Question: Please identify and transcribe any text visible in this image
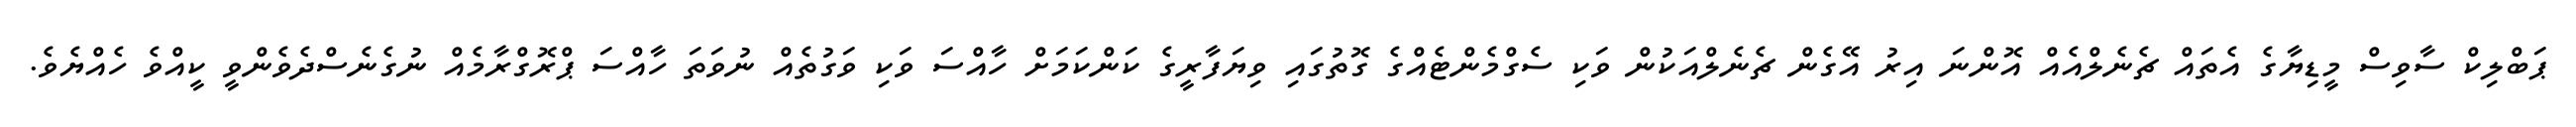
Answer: ޕަބްލިކް ސާވިސް މީޑިޔާގެ އެތައް ޗެނެލްއެއް އޮންނަ އިރު އޭގެން ޗެނެލްއަކުން ވަކި ސެގްމެންޓެއްގެ ގޮތުގައި ވިޔަފާރީގެ ކަންކަމަށް ހާއްސަ ވަކި ވަގުތެއް ނުވަތަ ހާއްސަ ޕްރޮގްރާމެއް ނުގެނެސްދެވެންވީ ކީއްވެ ހެއްޔެވެ.